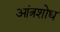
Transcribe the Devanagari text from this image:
आंत्रशोध